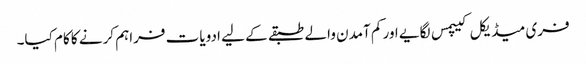
فری میڈیکل کیپمس لگایے اور کم آمدن والے طبقے کے لیے ادویات فراہم کرنے کا کام کیا۔